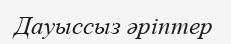
Дауыссыз әріптер